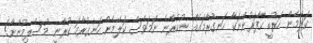
ކަލޭމެން ހަރުބީ ކާފަރުންނަކާ ހަނގުރާމައެއް ނުކުރާނެ ނަމަވެސް ކަލޭމެން ހަނގުރާމަ ކުރާނީ މުސްލިމުންނާ!